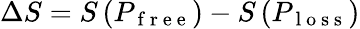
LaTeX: \Delta S=S\left(P_{\mathrm{~f~r~e~e~}}\right)-S\left(P_{\mathrm{~l~o~s~s~}}\right)